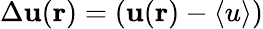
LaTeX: \Delta{\mathbf u}({\mathbf r})=({\mathbf u}({\mathbf r})-\langle u\rangle)